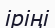
іріңі